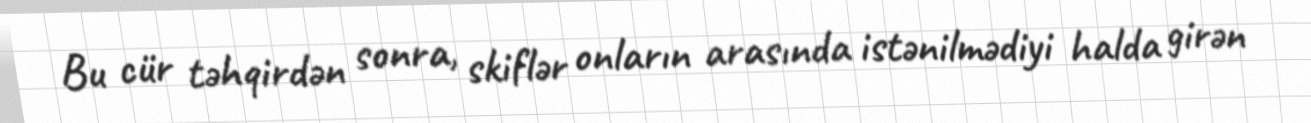
Bu cür təhqirdən sonra, skiflər onların arasında istənilmədiyi halda girən